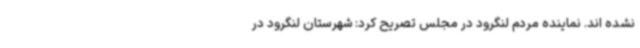
نشده اند. نماینده مردم لنگرود در مجلس تصریح کرد: شهرستان لنگرود در